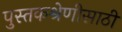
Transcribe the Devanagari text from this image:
पुस्तकश्रेणीसाठी